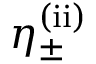
\eta _ { \pm } ^ { \mathrm { ( i i ) } }